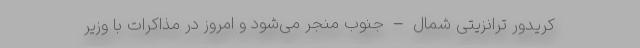
کریدور ترانزیتی شمال – جنوب منجر می‌شود و امروز در مذاکرات با وزیر